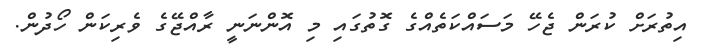
އިތުރަށް ކުރަން ޖެހޭ މަސައްކަތެއްގެ ގޮތުގައި މި އޮންނަނީ ރާއްޖޭގެ ވެރިކަން ހޯދުން.